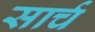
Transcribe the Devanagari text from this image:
सार्च